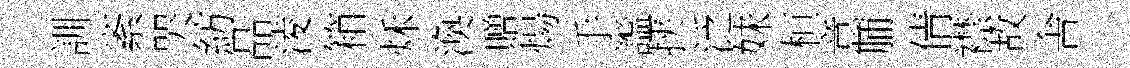
訓紊哭紡品淩箱秌渙贈煬手謐挟泛妹桓意脯倩襟故舎